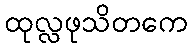
ထုလ္လဖုသိတကေ